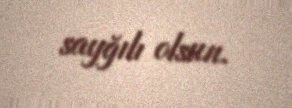
sayğılı olsun.